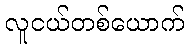
လူငယ်တစ်ယောက်